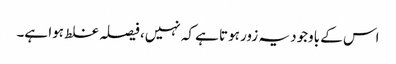
اس کے باوجود یہ زور ہوتا ہے کہ نہیں، فیصلہ غلط ہوا ہے۔